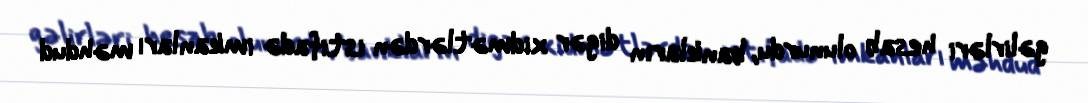
gəlirləri hesab olunurdu, bankların digər xidmətlərdən istifadə imkanları məhdud